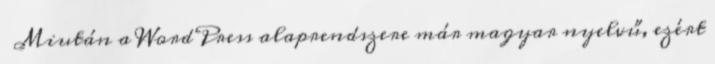
Miután a WordPress alaprendszere már magyar nyelvű, ezért